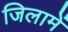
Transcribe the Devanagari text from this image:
जिलामें